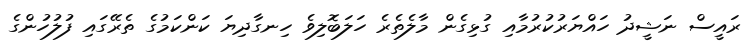
ރައީސް ނަޝީދު ހައްޔަރުކުރުމާއި ގުޅިގެން މާލެތެރެ ހަލަބޮލިވެ ހިނގާދިޔަ ކަންކަމުގެ ތެރޭގައި ފުލުހުންގެ